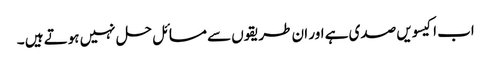
اب اکیسویں صدی ہے اور ان طریقوں سے مسائل حل نہیں ہوتے ہیں ۔